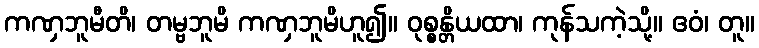
ကဏှဘူမီတိ၊ တမ္ဗဘူမိ ကဏှဘူမိဟူ၍။ ဝုစ္စန္တိယထာ၊ ကုန်သကဲ့သို့။ ဧဝံ၊ တူ။